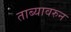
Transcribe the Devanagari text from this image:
ताब्यावरुन